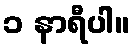
၁ နာရီပါ။